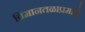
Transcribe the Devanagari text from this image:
विमानतळाप्रमाणे